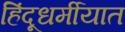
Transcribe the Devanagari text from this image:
हिंदूधर्मीयात